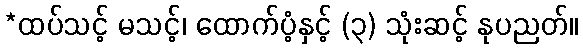
*ထပ်သင့် မသင့်၊ ထောက်ပံ့နှင့် (၃) သုံးဆင့် နုပညတ်။